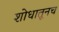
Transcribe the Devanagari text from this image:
शोधातूनच